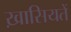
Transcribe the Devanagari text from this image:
ख़ासियतें